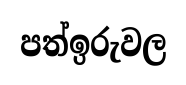
පත්ඉරුවල